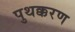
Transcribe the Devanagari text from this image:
पुथक्करण